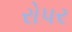
રોપર